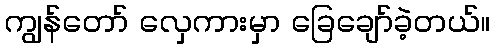
ကျွန်တော် လှေကားမှာ ခြေချော်ခဲ့တယ်။